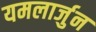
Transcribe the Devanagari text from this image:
यमलार्जुन